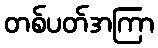
တစ်ပတ်အကြာ